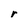
Character: r